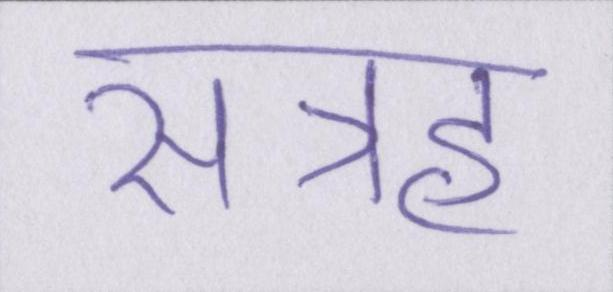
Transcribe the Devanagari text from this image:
सत्रह